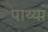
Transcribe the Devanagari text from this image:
पाथ्या